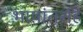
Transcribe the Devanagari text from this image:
भाषांतरहि